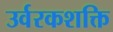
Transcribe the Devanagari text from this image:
उर्वरकशक्ति